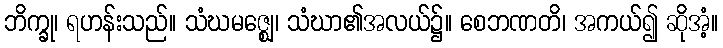
ဘိက္ခု၊ ရဟန်းသည်။ သံဃမဇ္ဈေ၊ သံဃာ၏အလယ်၌။ စေဘဏတိ၊ အကယ်၍ ဆိုအံ့။